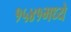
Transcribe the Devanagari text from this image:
१५४१मध्ये